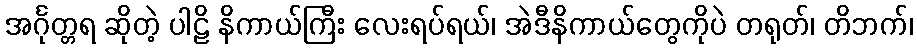
အင်္ဂုတ္တရ ဆိုတဲ့ ပါဠိ နိကာယ်ကြီး လေးရပ်ရယ်၊ အဲဒီနိကာယ်တွေကိုပဲ တရုတ်၊ တိဘက်၊